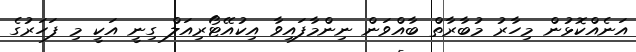
އަނެއްކޮޅުން މިހާރު މުބާރާތް ބާއްވަން ނިންމާފައިވާ އިކުއޭޓޯރިއަލް ގިނީ އަކީ މި ފަހަރުގެ